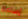
إساءة